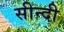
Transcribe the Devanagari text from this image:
सीन्दी